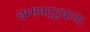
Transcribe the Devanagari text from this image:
धम्मपदट्ठकथा